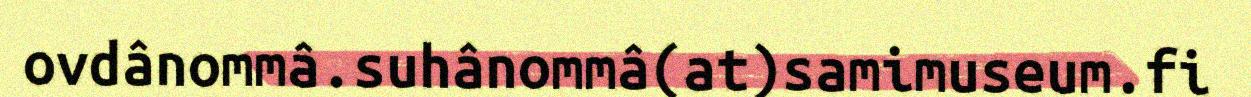
ovdânommâ.suhânommâ(at)samimuseum.fi